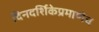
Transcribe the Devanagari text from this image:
दिनदर्शिकेप्रमाणेच